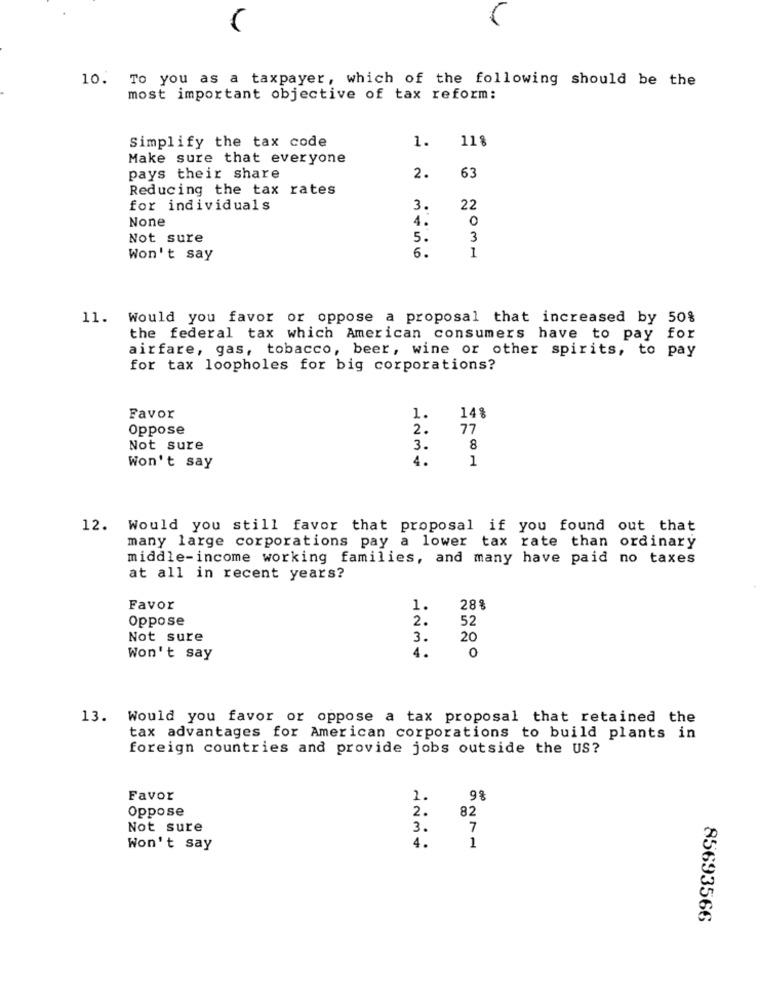
10. To you as a taxpayer, which of the following should be the
most important objective of tax reform:
Simplify the tax code
1.
118
Make sure that everyone
63
pays their share
2.
Reducing the tax rates
for individuals
3.
22
4.
0
Not sure
5.
3
6.
1
Won't say
11. Would you favor or oppose a proposal that increased by 50%
the federal tax which American consumers have to pay for
airfare, gas, tobacco, beer, wine or other spirits, to pay
for tax loopholes for big corporations?
Favor
1.
14%
Oppose
2.
77
Not sure
3.
8
4.
1
Won't say
12. Would you still favor that proposal if you found out that
many large corporations pay a lower tax rate than ordinary
middle-income working families, and many have paid no taxes
at all in recent years?
Favor
1.
28%
Oppose
2.
52
Not sure
3.
20
4.
Won't say
0
13. Would you favor or oppose a tax proposal that retained the
tax advantages for American corporations to build plants in
foreign countries and provide jobs outside the US?
Favor
1.
9%
Oppose
2 .
82
Not sure
3.
7
4.
Won't say
1
85693566